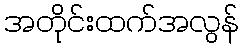
အတိုင်းထက်အလွန်